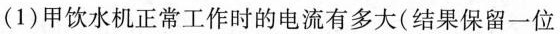
(1)甲饮水机正常工作时的电流有多大(结果保留一位